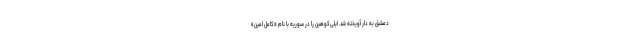
دمشق به ‌دار آویخته شد. ایلی‌کوهین را در سوریه با نام «کامل امین»